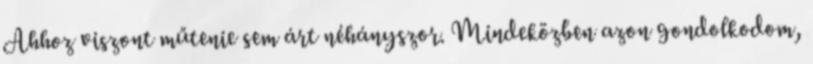
Ahhoz viszont műtenie sem árt néhányszor. Mindeközben azon gondolkodom,